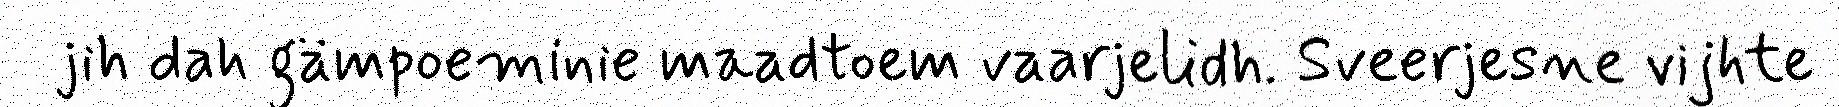
jih dah gämpoeminie maadtoem vaarjelidh. Sveerjesne vijhte